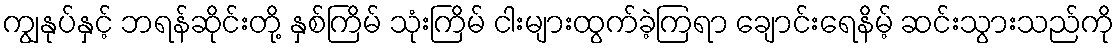
ကျွနုပ်နှင့် ဘရန်ဆိုင်းတို့ နှစ်ကြိမ် သုံးကြိမ် ငါးများထွက်ခဲ့ကြရာ ချောင်းရေနိမ့် ဆင်းသွားသည်ကို